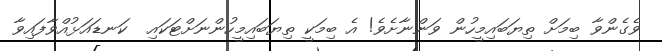
ވެގެންވާ ބިމަށް ތިޔަބައިމީހުން ވަންނާށެވެ! އެ ބިމަކީ ތިޔަބައިމީހުންނަށްޓަކައި  ކަނޑައަޅުއްވާފައިވާ